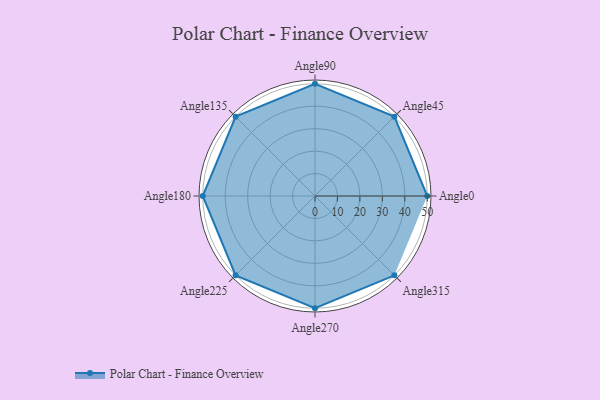
{"axis": {"x": "Angle", "y": "Radius"}, "legend": [""], "data": [{"x": "Angle0", "y": 50, "type": ""}, {"x": "Angle45", "y": 50, "type": ""}, {"x": "Angle90", "y": 50, "type": ""}, {"x": "Angle135", "y": 50, "type": ""}, {"x": "Angle180", "y": 50, "type": ""}, {"x": "Angle225", "y": 50, "type": ""}, {"x": "Angle270", "y": 50, "type": ""}, {"x": "Angle315", "y": 50, "type": ""}]}